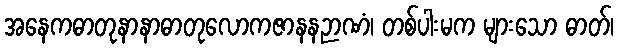
အနေကဓာတုနာနာဓာတုလောကဇာနနဉာဏံ၊ တစ်ပါးမက များသော ဓာတ်၊